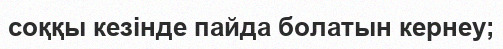
соққы кезінде пайда болатын кернеу;